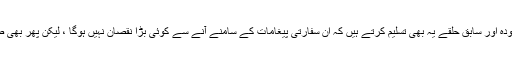
امریکی فوج اور سفارتکاری کے موجودہ اور سابق حلقے یہ بھی تسلیم کرتے ہیں کہ ان سفارتی پیغامات کے سامنے آنے سے کوئی بڑا نقصان نہیں ہوگا ، لیکن پھر بھی صدمے اور برہمی کااظہار جاری ہے ۔